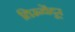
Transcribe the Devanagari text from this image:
तिरूचेंदूर